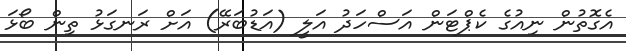
އެގޮތުން ނިއުގެ ކެޕްޓަން އަސްހަދު އަލީ (އަޑުބަރޭ) އަށް ރަނގަޅު ތިން ބޯޅަ